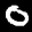
Label: 0